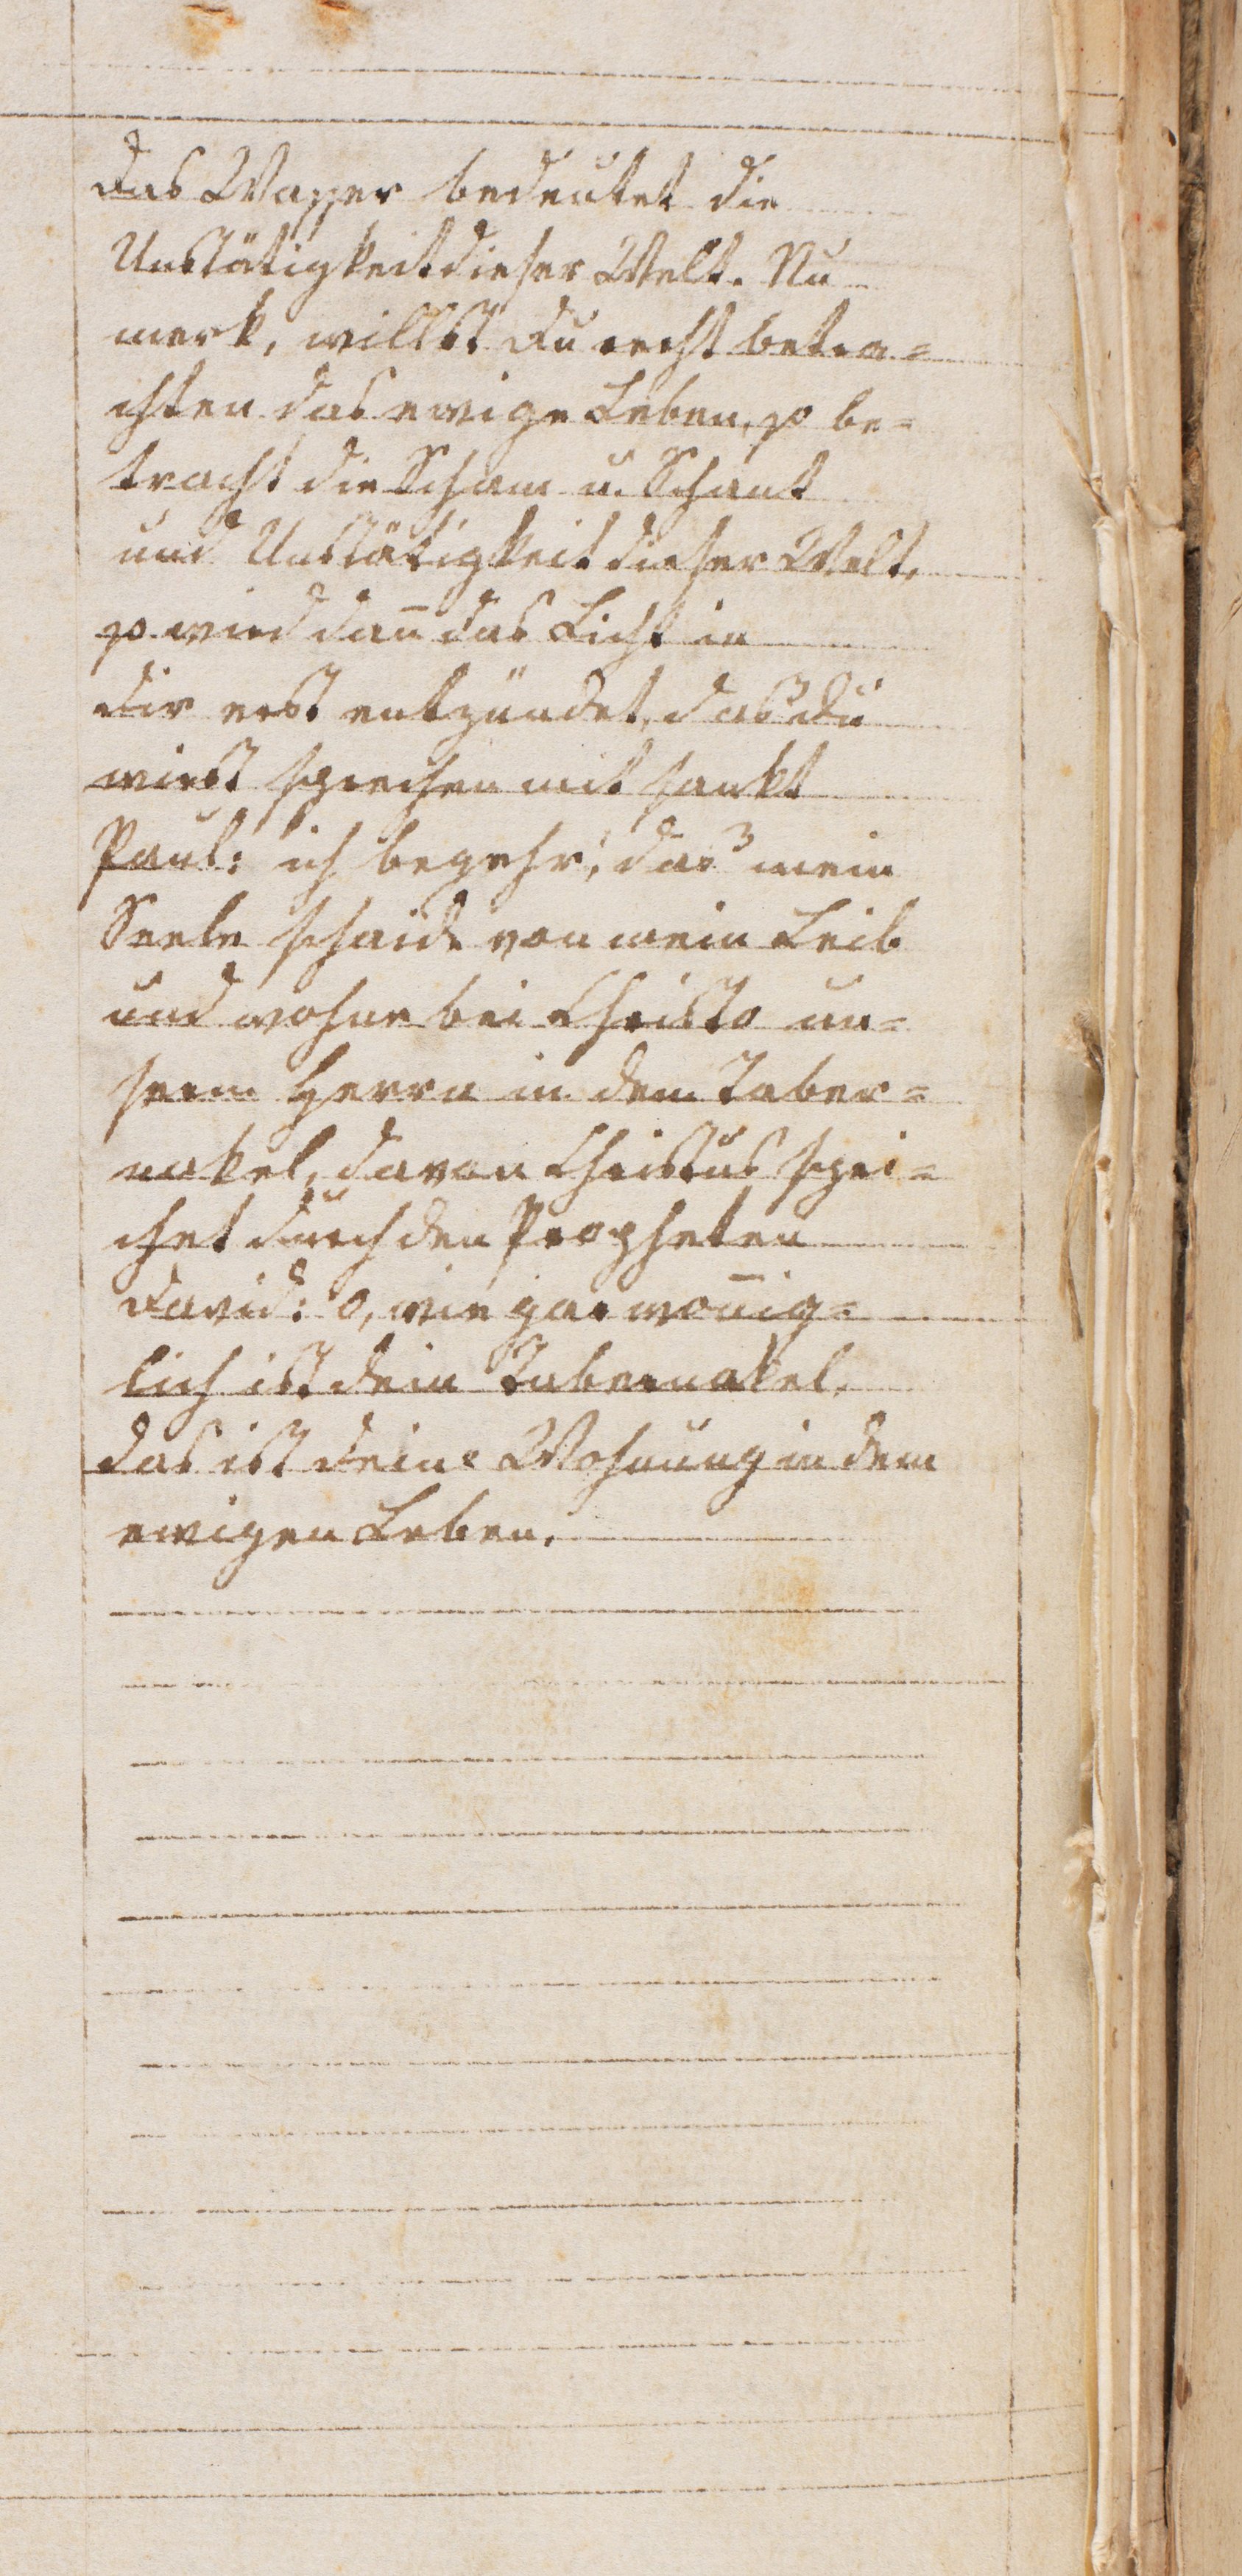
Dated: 1436–1436